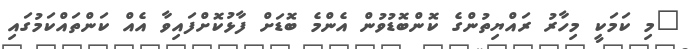
"މި ކަމަކީ މިހާރު ރައްޔިތުންގެ ކޮންބޮޑުވުން އެންމެ ބޮޑަށް ފާޅުކޮށްފައިވާ އެއް ކަންތައްކަމުގައި